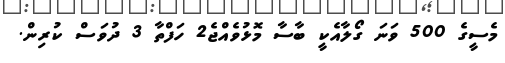
މެސީގެ 500 ވަނަ ގޯލާއެކީ ބާސާ މޮޅުވެއްޖެ2 ހަފްތާ 3 ދުވަސް ކުރިން.